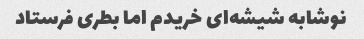
نوشابه شیشه‌ای خریدم اما بطری فرستاد